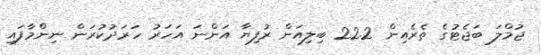
ޖުމްލަ ބަޖެޓުގެ ތެރެއިން 22.2 ބިލިއަން ރުފިޔާ އަންނަ އަހަރު ހަރަދުކުރަން ނިންމާފައި